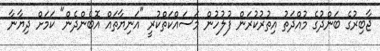
ޖާބިރުގެ ބަންދުގެ މުއްދަތު އިތުރުކުރަން ފުލުހުން މަސައްކަތްކުރީ "އަނިޔާތައް އޮބެންދެން" ކަމަށް ދިޔާނާ